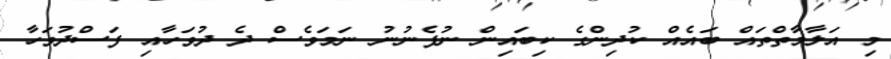
މި އަލާމާތްތައް ބައެއް ކުދިންގެ ކިބައިން ނުފެނުނު ނަމަވެސް ދެ ދުވަހާއި ފަސްދުވަހާ